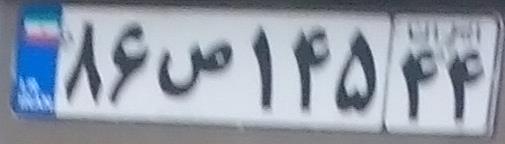
۸۶ص۱۴۵۴۴